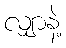
လျှာနဲ့